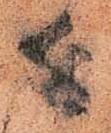
近